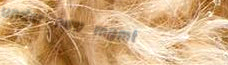
under new mgmt